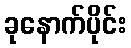
ခုနောက်ပိုင်း